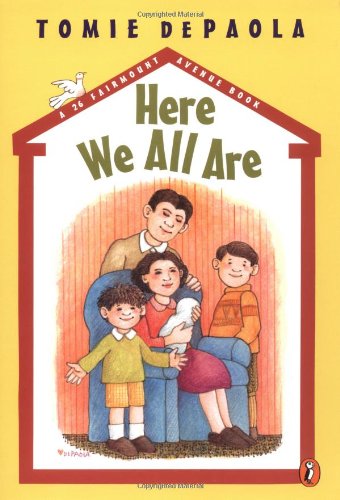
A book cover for Here We All Are (A 26 Fairmount Avenue Book); Tomie dePaola; Children's Books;